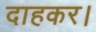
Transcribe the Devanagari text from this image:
दाहकर।